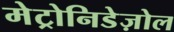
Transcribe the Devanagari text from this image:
मेट्रोनिडेज़ोल